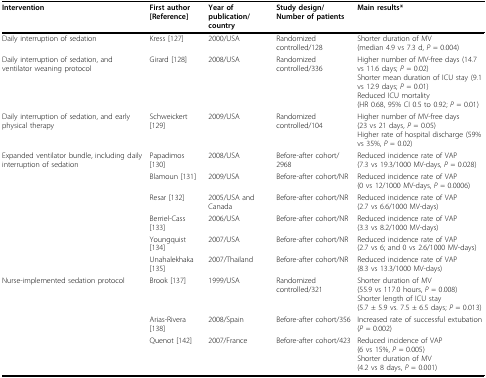
<table><thead><tr><td><b>Intervention</b></td><td><b>First author [Reference]</b></td><td><b>Year of publication/country</b></td><td><b>Study design/Number of patients</b></td><td><b>Main results*</b></td></tr></thead><tbody><tr><td>Daily interruption of sedation</td><td>Kress [127]</td><td>2000/USA</td><td>Randomized controlled/128</td><td>Shorter duration of MV(median 4.9 vs 7.3 d, <i>P </i>= 0.004)</td></tr><tr><td>Daily interruption of sedation, and ventilator weaning protocol</td><td>Girard [128]</td><td>2008/USA</td><td>Randomized controlled/336</td><td>Higher number of MV-free days (14.7 vs 11.6 days; <i>P </i>= 0.02)Shorter mean duration of ICU stay (9.1 vs 12.9 days; <i>P </i>= 0.01)Reduced ICU mortality(HR 0.68, 95% CI 0.5 to 0.92; <i>P </i>= 0.01)</td></tr><tr><td>Daily interruption of sedation, and early physical therapy</td><td>Schweickert [129]</td><td>2009/USA</td><td>Randomized controlled/104</td><td>Higher number of MV-free days(23 vs 21 days, <i>P </i>= 0.05)Higher rate of hospital discharge (59% vs 35%, <i>P </i>= 0.02)</td></tr><tr><td>Expanded ventilator bundle, including daily interruption of sedation</td><td>Papadimos [130]</td><td>2008/USA</td><td>Before-after cohort/2968</td><td>Reduced incidence rate of VAP(7.3 vs 19.3/1000 MV-days, <i>P </i>= 0.028)</td></tr><tr><td></td><td>Blamoun [131]</td><td>2009/USA</td><td>Before-after cohort/NR</td><td>Reduced incidence rate of VAP(0 vs 12/1000 MV-days, <i>P </i>= 0.0006)</td></tr><tr><td></td><td>Resar [132]</td><td>2005/USA and Canada</td><td>Before-after cohort/NR</td><td>Reduced incidence rate of VAP(2.7 vs 6.6/1000 MV-days)</td></tr><tr><td></td><td>Berriel-Cass [133]</td><td>2006/USA</td><td>Before-after cohort/NR</td><td>Reduced incidence rate of VAP(3.3 vs 8.2/1000 MV-days)</td></tr><tr><td></td><td>Youngquist [134]</td><td>2007/USA</td><td>Before-after cohort/NR</td><td>Reduced incidence rate of VAP(2.7 vs 6; and 0 vs 2.6/1000 MV-days)</td></tr><tr><td></td><td>Unahalekhaka [135]</td><td>2007/Thailand</td><td>Before-after cohort/NR</td><td>Reduced incidence rate of VAP(8.3 vs 13.3/1000 MV-days)</td></tr><tr><td>Nurse-implemented sedation protocol</td><td>Brook [137]</td><td>1999/USA</td><td>Randomized controlled/321</td><td>Shorter duration of MV(55.9 vs 117.0 hours, <i>P </i>= 0.008)Shorter length of ICU stay(5.7 ± 5.9 vs. 7.5 ± 6.5 days; <i>P </i>= 0.013)</td></tr><tr><td></td><td>Arias-Rivera [138]</td><td>2008/Spain</td><td>Before-after cohort/356</td><td>Increased rate of successful extubation (<i>P </i>= 0.002)</td></tr><tr><td></td><td>Quenot [142]</td><td>2007/France</td><td>Before-after cohort/423</td><td>Reduced incidence of VAP(6 vs 15%, <i>P </i>= 0.005)Shorter duration of MV(4.2 vs 8 days, <i>P </i>= 0.001)</td></tr></tbody></table>